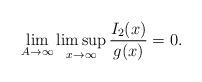
LaTeX: \begin{align*}\lim_{A\to\infty}\limsup_{x \to \infty}\frac{I_2(x)}{g(x)}=0.\end{align*}